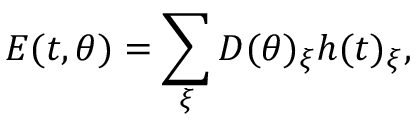
E ( t , { \boldsymbol { \theta } } ) = \sum _ { \xi } D ( { \boldsymbol { \theta } } ) _ { \xi } h ( t ) _ { \xi } ,